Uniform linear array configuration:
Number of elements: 32
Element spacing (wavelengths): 0.75
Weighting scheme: cosine
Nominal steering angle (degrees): -15
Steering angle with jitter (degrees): -13.172
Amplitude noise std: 0.05
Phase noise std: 0.05

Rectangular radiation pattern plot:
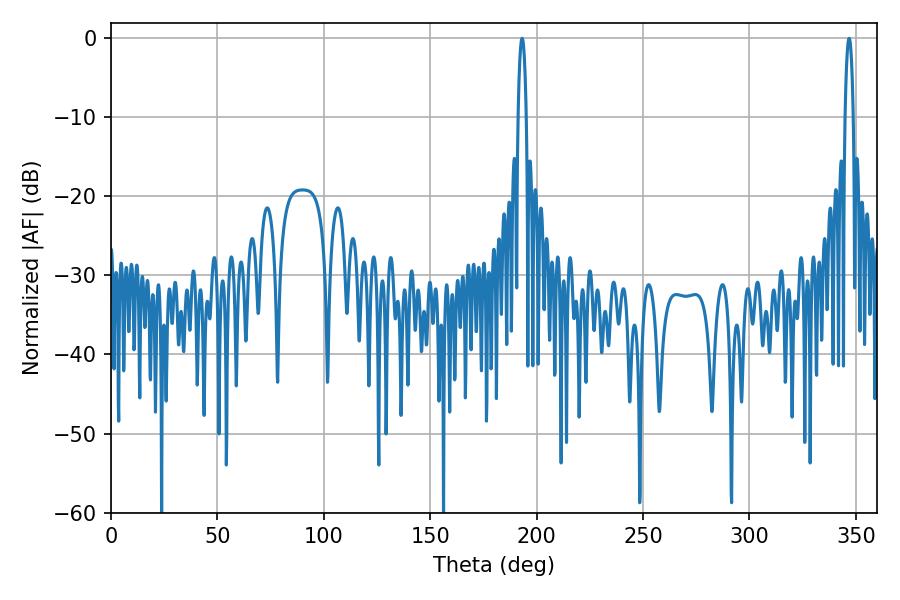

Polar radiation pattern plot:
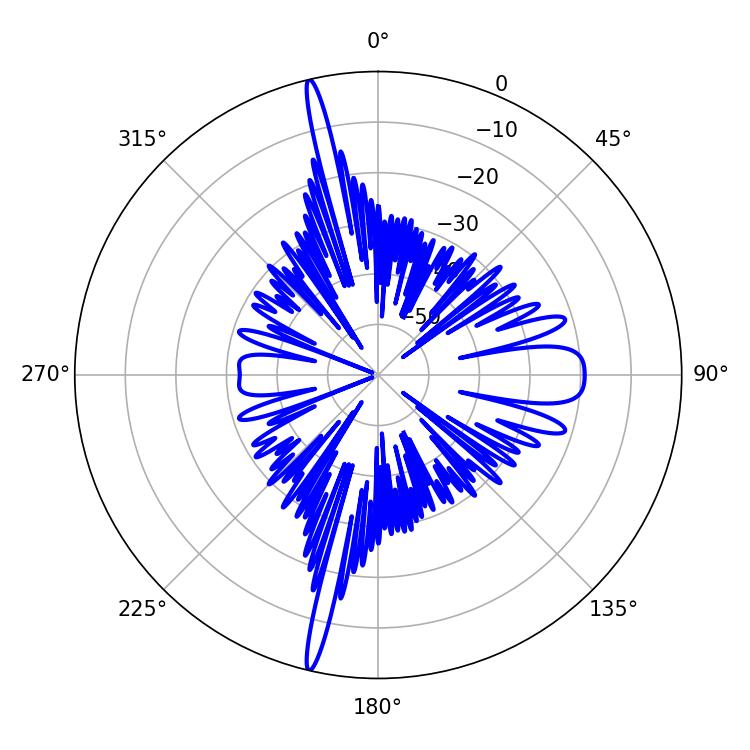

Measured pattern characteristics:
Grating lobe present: TRUE
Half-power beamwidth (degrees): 2.16
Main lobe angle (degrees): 193.14